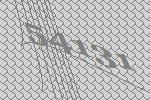
54131